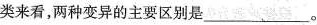
类来看，两种变异的主要区别是_______。